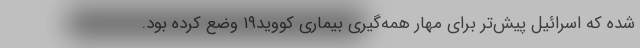
شده که اسرائیل پیش‌تر برای مهار همه‌گیری بیماری کووید۱۹ وضع کرده بود.